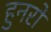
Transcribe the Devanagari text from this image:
हुनरों